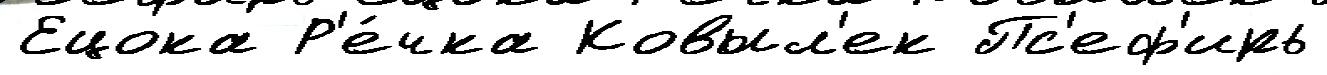
Ецока Р'е́чка Ковыл'ек Пс'еф'ирь